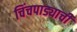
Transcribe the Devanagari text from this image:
चिंचपाड्याची